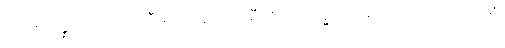
ပထဝိသန္နိဿယံ၊ ပထဝီဓာတ်ဟူသော မှီရာကို။ လဒ္ဓါဝ၊ ရမှသာ။ ကာယဝိညာဏံ၊